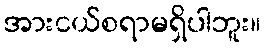
အားငယ်စရာမရှိပါဘူး။